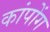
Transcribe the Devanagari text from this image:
कांपोंग